Civil Veterinary Department Bihar & Orissa reports 1911-21 - 1911-1921
Year: 1911
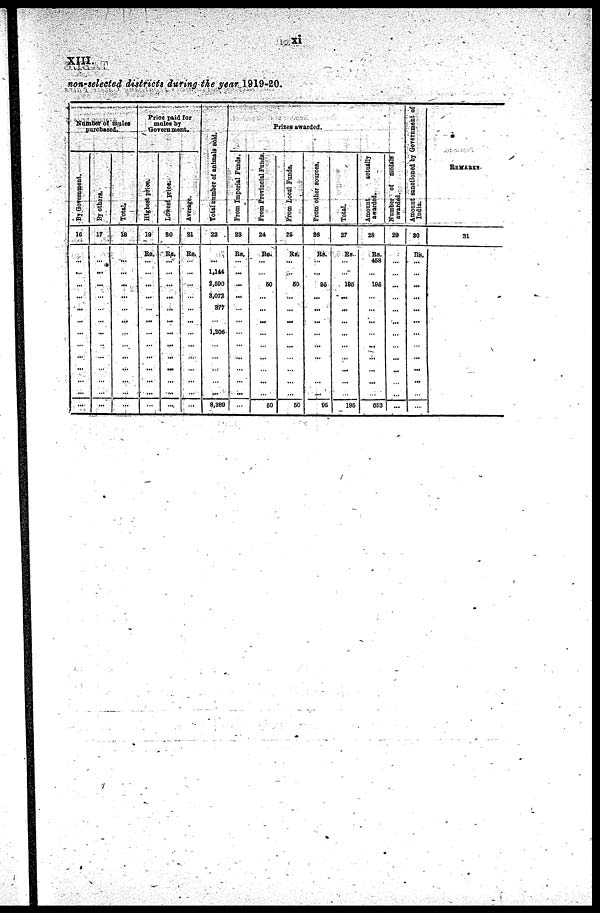
xi
XIII.
non-selected districts during the year 1919-20.
Number of mules
Purchased.
By Government.
16
...
...
...
...
...
...
...
...
...
...
...
...
...
By Others.
17
...
...
...
...
...
...
...
...
...
...
...
...
...
Total
18
...
...
...
...
...
...
...
...
...
...
...
...
...
Price paid lor
mules by
Government.
Highest Price.
19
RS.
...
...
...
...
...
...
...
...
...
... ...
...
...
Lowest price.
20
Rs.
...
...
...
...
...
...
...
...
...
...
...
...
...
Average.
21
Rs.
...
...
...
...
...
...
...
...
...
...
...
...
...
Total number
of animls sold.
22
...
1,141
2,590
3,072
377
...
1,206
...
...
... ...
...
...
8,389
Prizes awarded.
Form Imporial Funds.
23
Rs.
...
...
...
...
...
...
...
...
...
...
...
...
....
From provincial funds.
24
Rs.
...
...
50
...
...
...
...
...
...
...
...
...
...
From local funds.
25
Rs.
...
...
69
...
...
...
...
...
...
...
...
...
50
From others sourses.
26
Rs
...
...
95
...
...
...
...
...
...
...
...
...
50
Total
27
Rs.
...
...
195
...
...
...
...
...
...
...
...
...
295
Amount
actually
awarded.
28
Rs.
458
...
195
...
...
...
...
...
...
...
...
...
653
Number
of
medals
awarded.
29
....
...
...
...
...
...
...
...
...
...
...
...
...
Amount sanctioned by Government of
India.
30
Rs.
...
...
...
...
...
...
...
...
...
...
...
...
...
Remarks
31